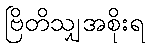
ဗြိတိသျှအစိုးရ